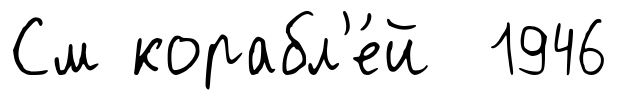
См корабл'е́й 1946